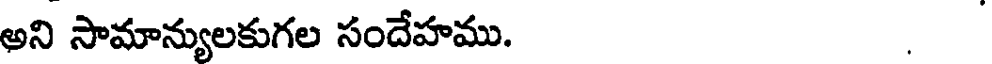
అని సామాన్యులకుగల సందేహము. .